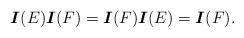
LaTeX: \begin{align*}\mbox{\boldmath$I$}(E)\mbox{\boldmath$I$}(F)=\mbox{\boldmath$I$}(F)\mbox{\boldmath$I$}(E)=\mbox{\boldmath$I$}(F).\end{align*}